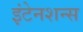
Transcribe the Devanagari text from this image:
इंटेनशन्स